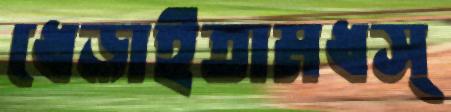
ধেড়াইতামধস্